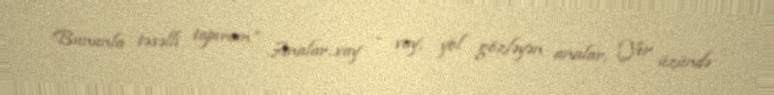
Bununla təsəlli tapıram” Analar...vay - vay, yol gözləyən analar, Yer üzündə